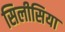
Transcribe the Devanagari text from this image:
सिलीसिया